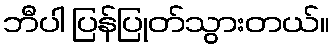
ဘီပါ ပြန်ပြုတ်သွားတယ်။